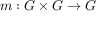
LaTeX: m : G \times G \to G